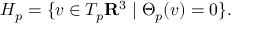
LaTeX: H _ { p } = \{ v \in T _ { p } \mathbf { R } ^ { 3 } \mid \Theta _ { p } ( v ) = 0 \} .